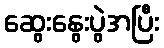
ဆွေးနွေးပွဲအပြီး